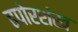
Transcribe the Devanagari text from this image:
ढपोरशंख